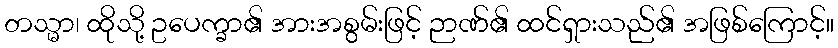
တသ္မာ၊ ထိုသို့ ဥပေက္ခာ၏ အားအစွမ်းဖြင့် ဉာဏ်၏ ထင်ရှားသည်၏ အဖြစ်ကြောင့်။